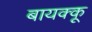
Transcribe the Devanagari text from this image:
बायक्कू